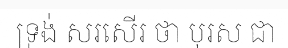
ទ្រង់ សរសើរ ថា បុរស ជា